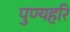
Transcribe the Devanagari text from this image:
पुण्यहरि